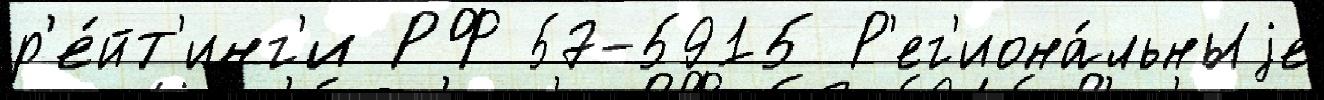
р'е́йт'инг'и РФ 57-5915 Р'ег'иона́льныjе